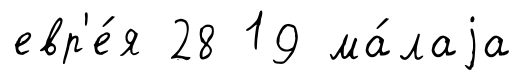
евр'е́я 28 19 ма́лаjа